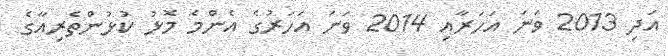
އަދި 2013 ވަނަ އަހަރާއި 2014 ވަނަ އަހަރުގެ އެންމެ މޮޅު ކުޅުންތެރިއާގެ